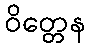
ဝိတ္တေန